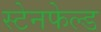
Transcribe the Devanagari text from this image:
स्टेनफेल्ड